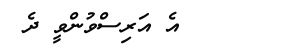
٩      އެ އަރިސްވުންވީ ދެ